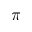
\pi